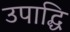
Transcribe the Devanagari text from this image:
उपाद्धि